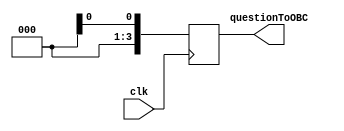

`timescale 1 ns / 1 ns
	

module QuestionGeneration(input clk, output[3:0] questionToOBC);
	
	reg [3:0] question;
	always@(posedge clk)
		begin
			question = $random; //genrerate a bits question  with $random
		end
	assign questionToOBC = question;
		
endmodule

//Module qui calcule la reponse  a la question localement
//update la valeur de answer chaque fois que la question change
module localAnswer(input[3:0] question, output[3:0] answer);
		assign answer[0] = ~question[0];
		assign answer[1] = question[0] ^ question[1];
		assign answer[2] = question[1] ^ question[2];
		assign answer[3] = question[2] ^ question[3];
endmodule

module CheckModule(input[3:0] answerOBC, output result,input clk);

wire[3:0] answer;
wire[3:0] question;

QuestionGeneration q1(.clk(clk), .questionToOBC(question));

//generate local answer
localAnswer l1(question, answer);

	//compare OBC to local
	function reg answerCompare(input [3:0] answer,input [3:0] answerOBC);
		begin
			if(answer == answerOBC)
				answerCompare = 1;
			else
				answerCompare = 0;
		end
	endfunction
	//output result
	assign result = answerCompare(answer,answerOBC);

endmodule


module StateMachine(input reset,input clk, input[3:0] answerOBC);
	
	
	reg[1:0] present_state, next_state;

	
	integer i;
	integer correctAnswerCount;
	localparam start = 2'b00;
	localparam checking = 2'b01;
	localparam valid = 2'b10;
	localparam shutdown = 2'b11;//va devoir envoyer un signal au OBC 1 de shutdown et  allumer OBC2 
	wire result;//
	wire[3:0] question; 

	//state register, updates state on clk tik
	QuestionGeneration  q1(.clk(clk), .questionToOBC(question));
	CheckModule check1(.answerOBC(answerOBC), .result(result), .clk(clk));
	always@(posedge clk,posedge reset)
	
		begin
				if(reset)
					present_state = 2'b00;//b00 start state
				else
					present_state = next_state;
		end
	
	//based on present state do something
	always@(present_state)
		begin  
			case(present_state)
				start:
				begin	
				
					if(result == 1)
						next_state = valid;
					else
						next_state = checking;
				end
				
				checking:
				begin
					//comportement a voir
					//1: envoyer serie de question
					//stocker reponse dans un buffer, puis analyser le buffer
					//2: envoyer serie de question si toute les autre son bonne passer a valid sinon un autre etat de validation de pattern
					for(i=0; i < 10; i = i + 1)begin
						//envoyer question
						if(result)
							correctAnswerCount = correctAnswerCount + 1;
						if(correctAnswerCount == 10)
							next_state = valid;
						else
							next_state = shutdown; //maybe a little extreme but to see
						
						
					end
				
						
			
				end
				//devrait etre certain
				shutdown:
				begin
				end	
			endcase			   	
		end
endmodule